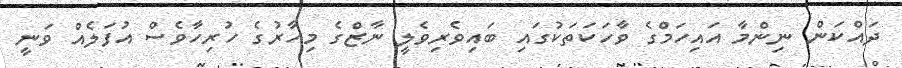
ދައްކަން ނިންމާ އައިހަމްގެ ވާހަކަތަކުގައި ބައިވެރިވެލީ ނާޒްގެ މިހާރުގެ ހުރިހާވެސް އުފަލެއް ވަނީ